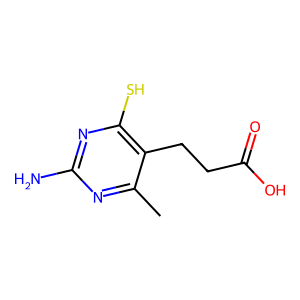
SMILES: Cc1nc(N)nc(S)c1CCC(=O)O
Inhibits HIV replication: No